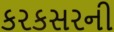
કરકસરની